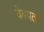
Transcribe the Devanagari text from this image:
वेबपता